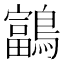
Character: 𪆠